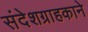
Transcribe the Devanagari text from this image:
संदेशग्राहकाने